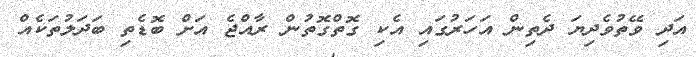
އަދި ވޭތުވެދިޔަ ދެތިން އަހަރުގައި އެކި ގޮތްގޮތުން ރާއްޖެ އަށް ބޮޑެތި ބަދަލުތަކެއް